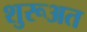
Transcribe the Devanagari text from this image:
शुरूअत